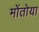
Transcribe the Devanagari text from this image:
मोंतोया